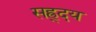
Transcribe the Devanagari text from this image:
सह्र्दय